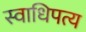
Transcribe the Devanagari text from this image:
स्वाधिपत्य